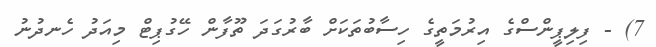
7) - ފިލިޕީންސްގެ އިރުމަތީގެ ހިސާބުތަކަށް ބާރުގަދަ ތޫފާން ހޭގުޕިޓް މިއަދު ހެނދުނު